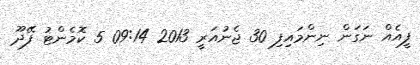
ފީއެއް ނަގަން ނިންމައިފި 30 ޖެނުއަރީ 2013 09:14 5 ކޮމެންޓު ފޭދޫ